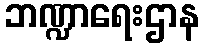
ဘဏ္ဍာရေးဌာန